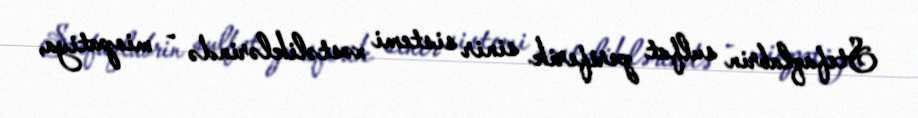
Stefaqlabrin sulfat periferik sinir sistemi xəstəliklərində - miopatiya,